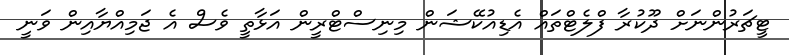
ޓީޗަރުންނަށް ދޫކުރާ ފްލެޓްތައް އެޑިއުކޭޝަން މިނިސްޓްރީން އަޅާތީ ވެސް އެ ޖަމިއްޔާއިން ވަނީ